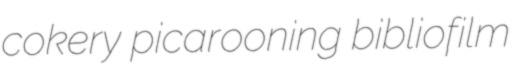
cokery picarooning bibliofilm